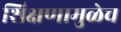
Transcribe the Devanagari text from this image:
शिक्षणामुळेच